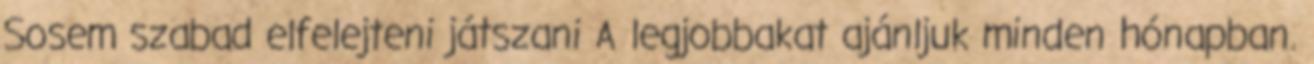
Sosem szabad elfelejteni játszani A legjobbakat ajánljuk minden hónapban.